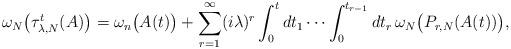
LaTeX: \begin{align*}\omega_N \big(\tau_{\lambda,N}^t (A)\big) = \omega_n \big(A(t)\big) + \sum_{r=1}^{\infty} (i\lambda)^r \int_0^t dt_1 \cdots \int_0^{t_{r-1}} dt_r \, \omega_N \big( P_{r,N} (A(t))\big), \end{align*}